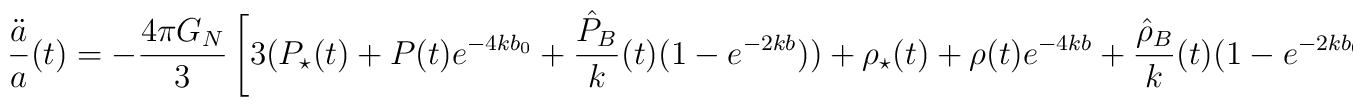
\frac{\ddot{a}}{a}(t)=-\frac{4 \pi G_N}{3} \left[ 3(P_\star(t) +P(t) e^{-4 k b_0}+\frac{\hat{P}_B}{k}(t)(1-e^{-2kb}))+\rho_\star(t) +\rho(t) e^{-4kb}+\frac{\hat{\rho}_B}{k}(t)(1-e^{-2kb_0}) \right].